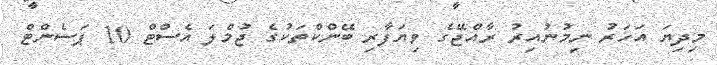
މިދިޔަ އަހަރު ނިމުނުއިރު ރާއްޖޭގެ ވިޔަފާރި ބޭންކްތަކުގެ ޖުމްލަ އެސްޓް 10 ޕަސެންޓް